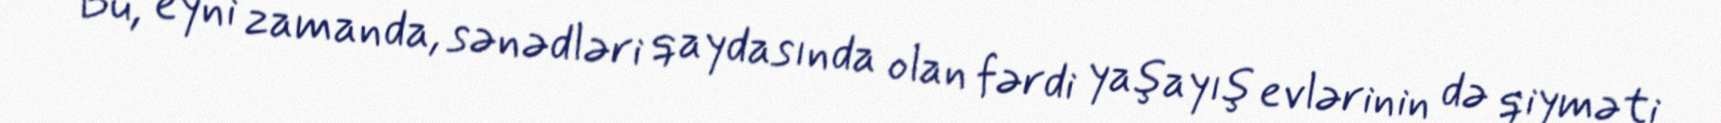
Bu, eyni zamanda, sənədləri qaydasında olan fərdi yaşayış evlərinin də qiyməti